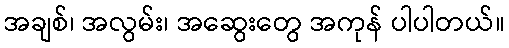
အချစ်၊ အလွမ်း၊ အဆွေးတွေ အကုန် ပါပါတယ်။